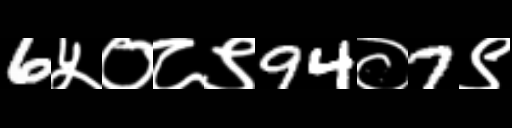
Text: 6५०८९94०7९